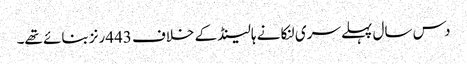
دس سال پہلے سری لنکا نے ہالینڈ کے خلاف 443رنز بنائے تھے۔